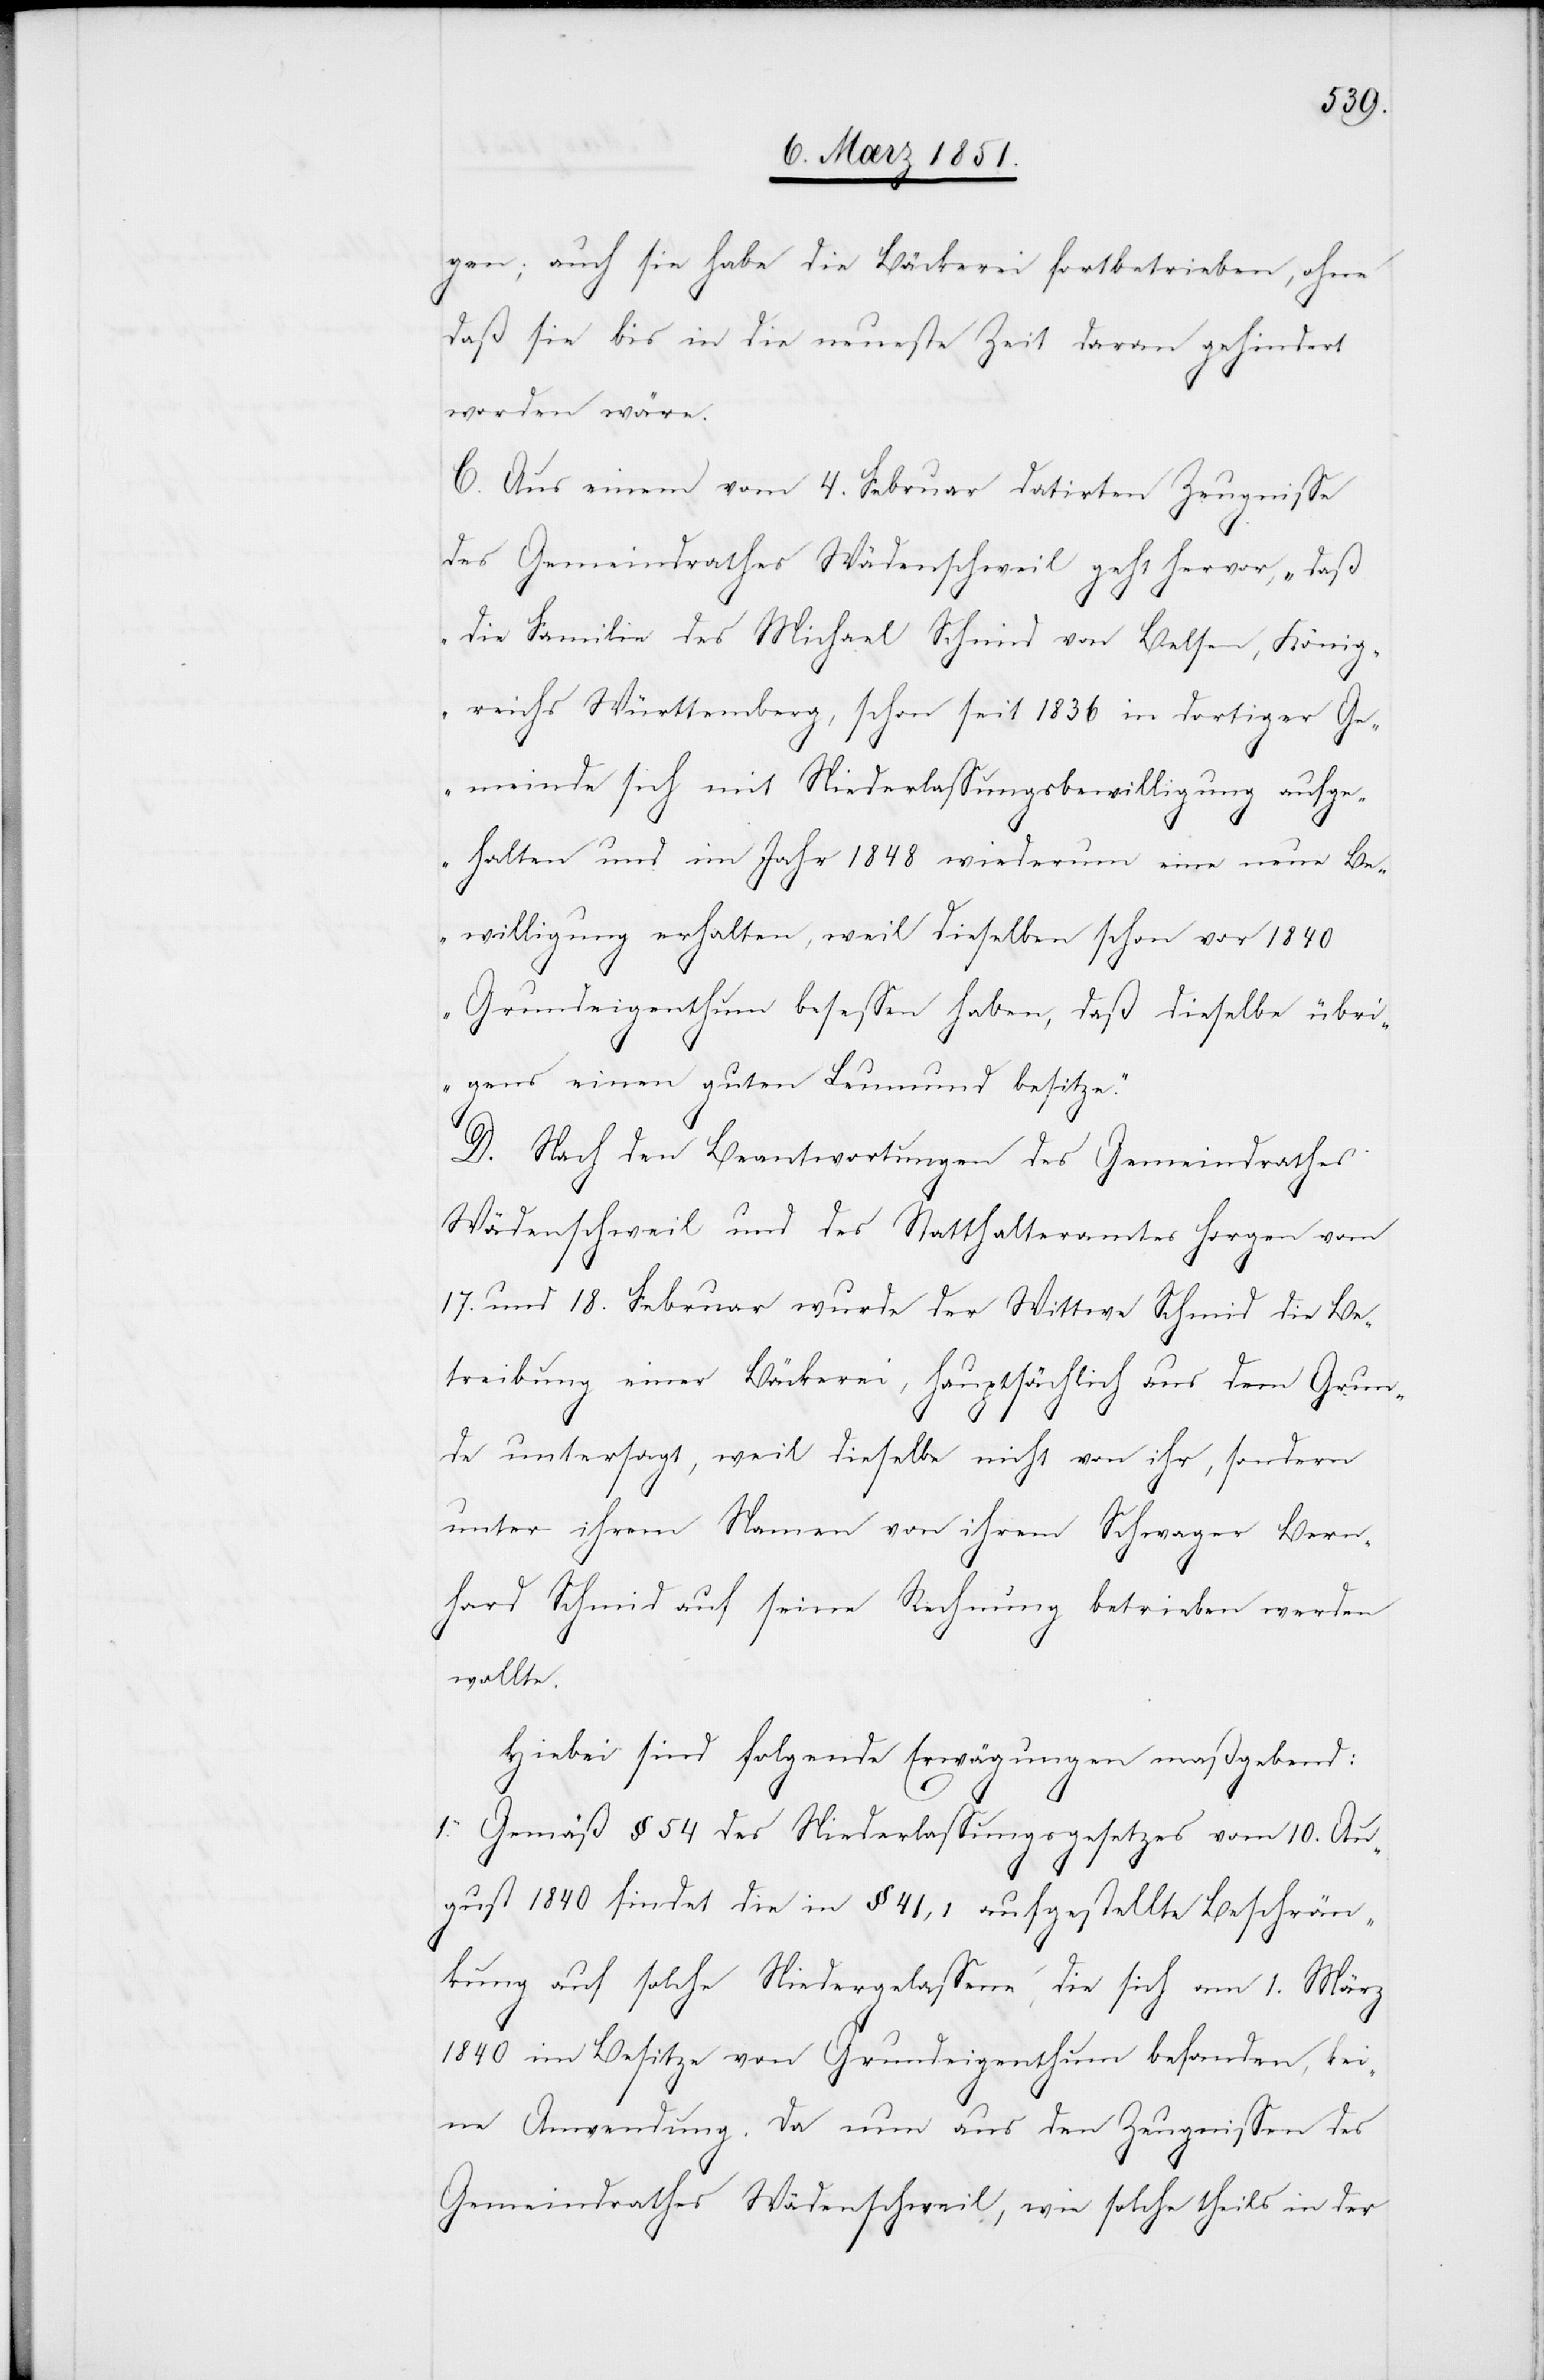
gen; auch sie habe die Bäckerei fortbetrieben, ohne
daß sie bis in die neueste Zeit daran gehindert
worden wäre.
C. Aus einem vom 4. Februar datirten Zeugnisse
des Gemeindrathes Wädenschweil geht hervor, „daß
die Familie des Michael Schmid von Belsen, König¬
reichs Württemberg, schon seit 1836 in dortiger Ge¬
meinde sich mit Niederlassungsbewilligung aufge¬
halten und im Jahr 1848 wiederum eine neue Be¬
willigung erhalten, weil dieselben schon vor 1840
Grundeigenthum besessen haben, daß dieselbe übri¬
gens einen guten Leumund besitze.“
D. Nach den Beantwortungen des Gemeindrathes
Wädenschweil und des Statthalteramtes Horgen vom
17. und 18. Februar wurde der Wittwe Schmid die Be¬
treibung einer Bäckerei, hauptsächlich aus dem Grun¬
de untersagt, weil dieselbe nicht von ihr, sondern
unter ihrem Namen von ihrem Schwager Bern¬
hard Schmid auf seine Rechnung betrieben werden
wollte.
Hiebei sind folgende Erwägungen maßgebend:
1. Gemäß § 54 des Niederlassungsgesetzes vom 10. Au¬
gust 1840 findet die in § 41, 1 aufgestellte Beschrän¬
kung auf solche Niedergelassene, die sich am 1. März
1840 im Besitze von Grundeigenthum befanden, kei¬
ne Anwendung. Da nun aus den Zeugnissen des
Gemeindrathes Wädenschweil, wie solche theils in der